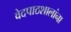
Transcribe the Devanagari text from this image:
वेदपाठशालांना